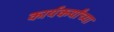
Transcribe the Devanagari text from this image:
कार्यकर्यांच्या